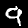
Label: 9